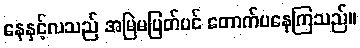
နေနှင့်လသည် အမြဲမပြတ်ပင် တောက်ပနေကြသည်။